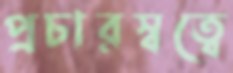
প্রচারস্বত্বে